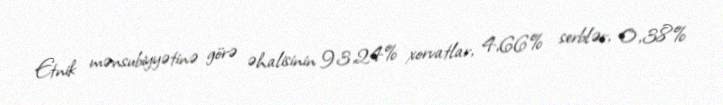
Etnik mənsubiyyətinə görə əhalisinin 93,24% xorvatlar, 4,66% serblər, 0,38%